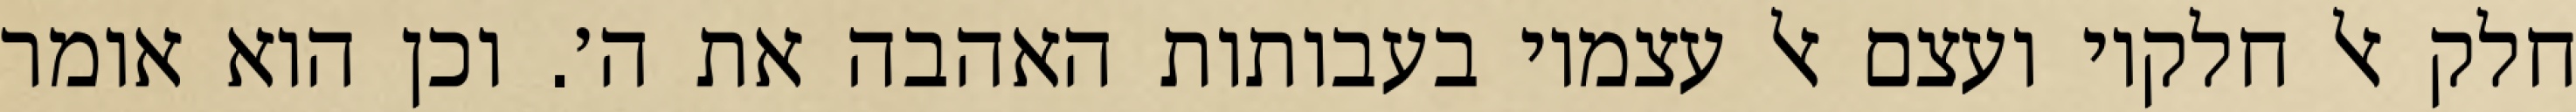
חלק אל חלקיו ועצם אל עצמיו בעבותות האהבה את ה׳. וכן הוא אומר